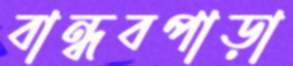
বান্ধবপাড়া